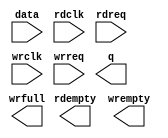
// megafunction wizard: %FIFO%VBB%
// GENERATION: STANDARD
// VERSION: WM1.0
// MODULE: dcfifo 

// ============================================================
// Megafunction Name(s):
// 			dcfifo
//
// Simulation Library Files(s):
// 			
// ============================================================
// ************************************************************
// THIS IS A WIZARD-GENERATED FILE. DO NOT EDIT THIS FILE!
//
// 13.0.1 Build 232 06/12/2013 SP 1 SJ Web Edition
// ************************************************************

//Copyright (C) 1991-2013 Altera Corporation
//Your use of Altera Corporation's design tools, logic functions 
//and other software and tools, and its AMPP partner logic 
//functions, and any output files from any of the foregoing 
//(including device programming or simulation files), and any 
//associated documentation or information are expressly subject 
//to the terms and conditions of the Altera Program License 
//Subscription Agreement, Altera MegaCore Function License 
//Agreement, or other applicable license agreement, including, 
//without limitation, that your use is for the sole purpose of 
//programming logic devices manufactured by Altera and sold by 
//Altera or its authorized distributors.  Please refer to the 
//applicable agreement for further details.

module fifo (
	data,
	rdclk,
	rdreq,
	wrclk,
	wrreq,
	q,
	rdempty,
	wrempty,
	wrfull);

	input	[7:0]  data;
	input	  rdclk;
	input	  rdreq;
	input	  wrclk;
	input	  wrreq;
	output	[7:0]  q;
	output	  rdempty;
	output	  wrempty;
	output	  wrfull;

endmodule

// ============================================================
// CNX file retrieval info
// ============================================================
// Retrieval info: PRIVATE: AlmostEmpty NUMERIC "0"
// Retrieval info: PRIVATE: AlmostEmptyThr NUMERIC "-1"
// Retrieval info: PRIVATE: AlmostFull NUMERIC "0"
// Retrieval info: PRIVATE: AlmostFullThr NUMERIC "-1"
// Retrieval info: PRIVATE: CLOCKS_ARE_SYNCHRONIZED NUMERIC "0"
// Retrieval info: PRIVATE: Clock NUMERIC "4"
// Retrieval info: PRIVATE: Depth NUMERIC "256"
// Retrieval info: PRIVATE: Empty NUMERIC "1"
// Retrieval info: PRIVATE: Full NUMERIC "1"
// Retrieval info: PRIVATE: INTENDED_DEVICE_FAMILY STRING "Cyclone II"
// Retrieval info: PRIVATE: LE_BasedFIFO NUMERIC "0"
// Retrieval info: PRIVATE: LegacyRREQ NUMERIC "1"
// Retrieval info: PRIVATE: MAX_DEPTH_BY_9 NUMERIC "0"
// Retrieval info: PRIVATE: OVERFLOW_CHECKING NUMERIC "0"
// Retrieval info: PRIVATE: Optimize NUMERIC "0"
// Retrieval info: PRIVATE: RAM_BLOCK_TYPE NUMERIC "0"
// Retrieval info: PRIVATE: SYNTH_WRAPPER_GEN_POSTFIX STRING "0"
// Retrieval info: PRIVATE: UNDERFLOW_CHECKING NUMERIC "0"
// Retrieval info: PRIVATE: UsedW NUMERIC "1"
// Retrieval info: PRIVATE: Width NUMERIC "8"
// Retrieval info: PRIVATE: dc_aclr NUMERIC "0"
// Retrieval info: PRIVATE: diff_widths NUMERIC "0"
// Retrieval info: PRIVATE: msb_usedw NUMERIC "0"
// Retrieval info: PRIVATE: output_width NUMERIC "8"
// Retrieval info: PRIVATE: rsEmpty NUMERIC "1"
// Retrieval info: PRIVATE: rsFull NUMERIC "0"
// Retrieval info: PRIVATE: rsUsedW NUMERIC "0"
// Retrieval info: PRIVATE: sc_aclr NUMERIC "0"
// Retrieval info: PRIVATE: sc_sclr NUMERIC "0"
// Retrieval info: PRIVATE: wsEmpty NUMERIC "1"
// Retrieval info: PRIVATE: wsFull NUMERIC "1"
// Retrieval info: PRIVATE: wsUsedW NUMERIC "0"
// Retrieval info: LIBRARY: altera_mf altera_mf.altera_mf_components.all
// Retrieval info: CONSTANT: INTENDED_DEVICE_FAMILY STRING "Cyclone II"
// Retrieval info: CONSTANT: LPM_NUMWORDS NUMERIC "256"
// Retrieval info: CONSTANT: LPM_SHOWAHEAD STRING "OFF"
// Retrieval info: CONSTANT: LPM_TYPE STRING "dcfifo"
// Retrieval info: CONSTANT: LPM_WIDTH NUMERIC "8"
// Retrieval info: CONSTANT: LPM_WIDTHU NUMERIC "8"
// Retrieval info: CONSTANT: OVERFLOW_CHECKING STRING "ON"
// Retrieval info: CONSTANT: RDSYNC_DELAYPIPE NUMERIC "4"
// Retrieval info: CONSTANT: UNDERFLOW_CHECKING STRING "ON"
// Retrieval info: CONSTANT: USE_EAB STRING "ON"
// Retrieval info: CONSTANT: WRSYNC_DELAYPIPE NUMERIC "4"
// Retrieval info: USED_PORT: data 0 0 8 0 INPUT NODEFVAL "data[7..0]"
// Retrieval info: USED_PORT: q 0 0 8 0 OUTPUT NODEFVAL "q[7..0]"
// Retrieval info: USED_PORT: rdclk 0 0 0 0 INPUT NODEFVAL "rdclk"
// Retrieval info: USED_PORT: rdempty 0 0 0 0 OUTPUT NODEFVAL "rdempty"
// Retrieval info: USED_PORT: rdreq 0 0 0 0 INPUT NODEFVAL "rdreq"
// Retrieval info: USED_PORT: wrclk 0 0 0 0 INPUT NODEFVAL "wrclk"
// Retrieval info: USED_PORT: wrempty 0 0 0 0 OUTPUT NODEFVAL "wrempty"
// Retrieval info: USED_PORT: wrfull 0 0 0 0 OUTPUT NODEFVAL "wrfull"
// Retrieval info: USED_PORT: wrreq 0 0 0 0 INPUT NODEFVAL "wrreq"
// Retrieval info: CONNECT: @data 0 0 8 0 data 0 0 8 0
// Retrieval info: CONNECT: @rdclk 0 0 0 0 rdclk 0 0 0 0
// Retrieval info: CONNECT: @rdreq 0 0 0 0 rdreq 0 0 0 0
// Retrieval info: CONNECT: @wrclk 0 0 0 0 wrclk 0 0 0 0
// Retrieval info: CONNECT: @wrreq 0 0 0 0 wrreq 0 0 0 0
// Retrieval info: CONNECT: q 0 0 8 0 @q 0 0 8 0
// Retrieval info: CONNECT: rdempty 0 0 0 0 @rdempty 0 0 0 0
// Retrieval info: CONNECT: wrempty 0 0 0 0 @wrempty 0 0 0 0
// Retrieval info: CONNECT: wrfull 0 0 0 0 @wrfull 0 0 0 0
// Retrieval info: GEN_FILE: TYPE_NORMAL fifo.v TRUE
// Retrieval info: GEN_FILE: TYPE_NORMAL fifo.inc FALSE
// Retrieval info: GEN_FILE: TYPE_NORMAL fifo.cmp FALSE
// Retrieval info: GEN_FILE: TYPE_NORMAL fifo.bsf FALSE
// Retrieval info: GEN_FILE: TYPE_NORMAL fifo_inst.v FALSE
// Retrieval info: GEN_FILE: TYPE_NORMAL fifo_bb.v TRUE